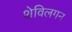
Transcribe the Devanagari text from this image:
शेविलगन